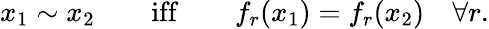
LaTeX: x_{1}\sim x_{2}\qquad\mathrm{iff}\qquad f_{r}(x_{1})=f_{r}(x_{2})\quad\forall r.